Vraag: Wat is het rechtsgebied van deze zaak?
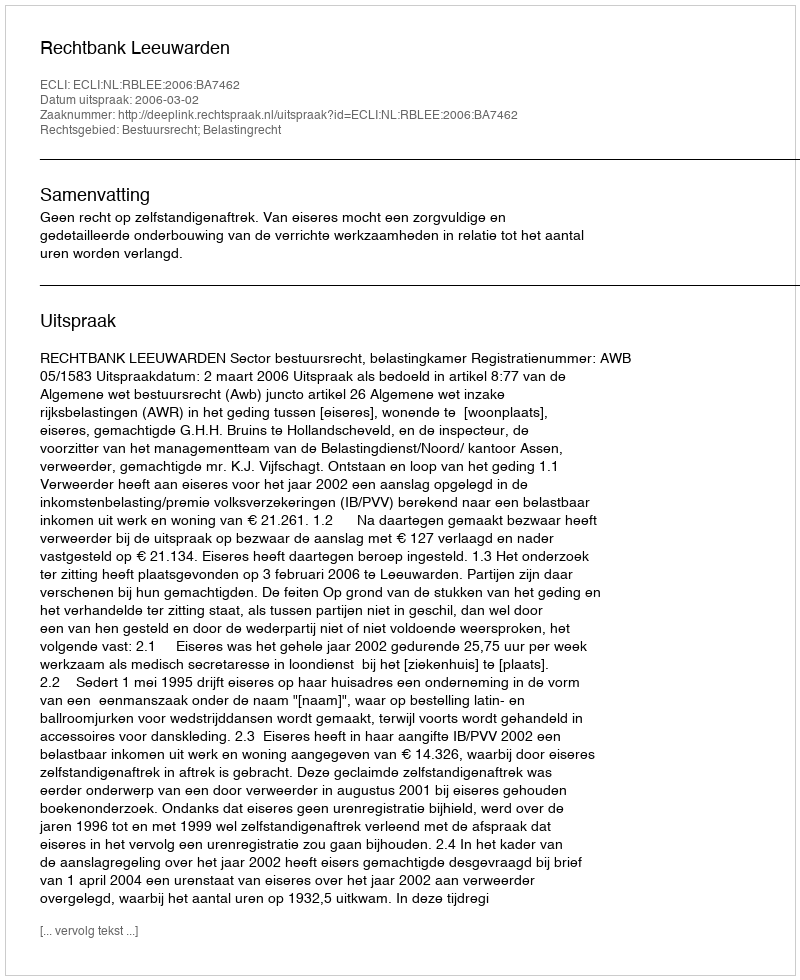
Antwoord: Bestuursrecht; Belastingrecht